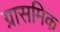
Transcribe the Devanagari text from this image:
ग्रासमिक